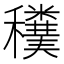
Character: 𥤄